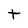
Character: t